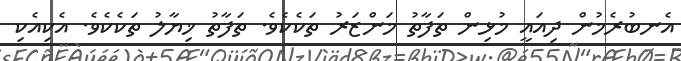
އެނބުރެމުން ދިއައީ މުޅިން ތަފާތު މަންޒަރު ތަކެކެވެ. ތަފާތު ޚިޔާލު ތަކެކެވެ. އެކިއެކި